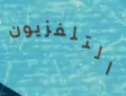
التلفزيون